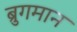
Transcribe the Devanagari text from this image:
ब्रुगमान